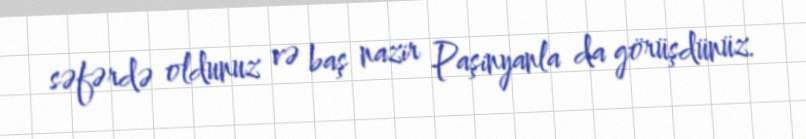
səfərdə oldunuz və baş nazir Paşinyanla da görüşdünüz.